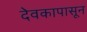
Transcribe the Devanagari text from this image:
देवकापासून